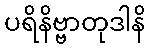
ပရိနိဗ္ဗာတုဒါနိ